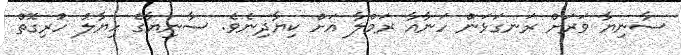
ސާނިޔާ ވަރަށް ރަނގަޅަން ހަނާއާ ރަމްލާ އަށް ކިޔާދިނެވެ. ސާނިޔާގެ ހިޔާލު ހުރިގޮތް